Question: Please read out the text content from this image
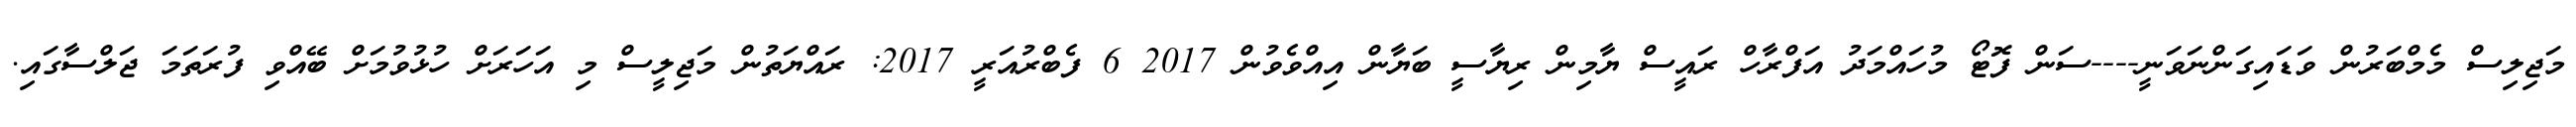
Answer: މަޖިލިސް މެމްބަރުން ވަޑައިގަންނަވަނީ----ސަން ފޮޓޯ މުހައްމަދު އަފްރާހް ރައީސް ޔާމިން ރިޔާސީ ބަޔާން އިއްވެވުން 2017 6 ފެބްރުއަރީ 2017: ރައްޔަތުން މަޖިލީސް މި އަހަރަށް ހުޅުވުމަށް ބޭއްވި ފުރަތަމަ ޖަލްސާގައި.